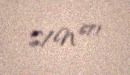
S/N 671